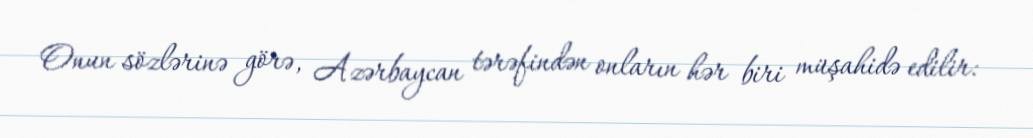
Onun sözlərinə görə, Azərbaycan tərəfindən onların hər biri müşahidə edilir: